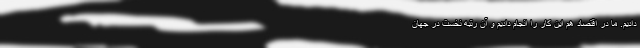
دادیم. ما در اقتصاد هم این کار را انجام دادیم و آن رتبه نخست در جهان